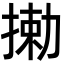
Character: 𫽘